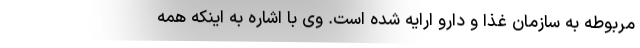
مربوطه به سازمان غذا و دارو ارایه شده است. وی با اشاره به اینکه همه